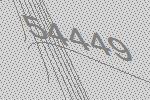
54449